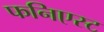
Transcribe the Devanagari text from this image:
फनिएस्ट